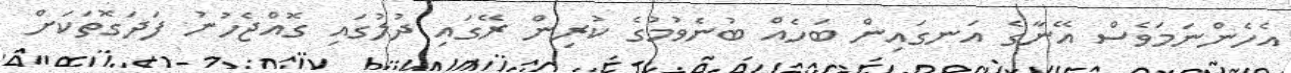
އެހެންނަމަވެސް އޭނާގެ އަނގައިން ބަހެއް ބުނެވުމުގެ ކުރިން ރޭގައި ދުލުގައި ގޮއްޖެހުނު ފަދަގޮތަކަށް